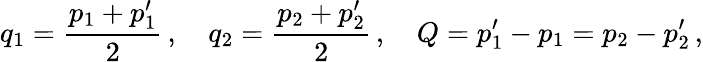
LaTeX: q_{1}={\frac{p_{1}+p_{1}^{\prime}}{2}}\, ,\ \ \ \ q_{2}={\frac{p_{2}+p_{2}^{\prime}}{2}}\, ,\ \ \ \ Q=p_{1}^{\prime}-p_{1}=p_{2}-p_{2}^{\prime}\, ,